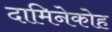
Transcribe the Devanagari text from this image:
दामिनेकोह